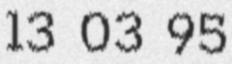
13 03 95